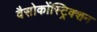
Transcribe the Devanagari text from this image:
वैसोकोंस्ट्रिक्शन